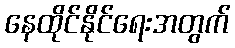
နေထိုင်နိုင်ရေးအတွက်